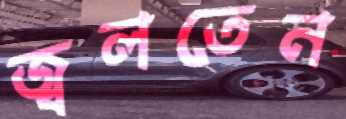
জ্বলতেন